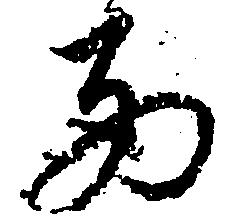
西